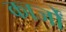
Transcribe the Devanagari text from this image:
कार्जों